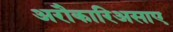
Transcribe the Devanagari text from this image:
अरौकारिअसाए